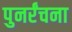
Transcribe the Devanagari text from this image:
पुनर्रंचना